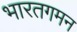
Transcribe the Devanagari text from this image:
भारतगमन